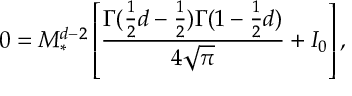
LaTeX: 0 = M _ { \ast } ^ { d - 2 } \left[ \frac { \Gamma ( \frac { 1 } { 2 } d - \frac { 1 } { 2 } ) \Gamma ( 1 - \frac { 1 } { 2 } d ) } { 4 \sqrt { \pi } } + { \cal I } _ { 0 } \right] ,